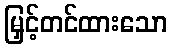
မြှင့်တင်ထားသော